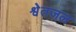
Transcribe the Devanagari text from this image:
श्वेतजल